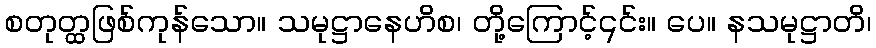
စတုတ္ထဖြစ်ကုန်သော။ သမုဋ္ဌာနေဟိစ၊ တို့ကြောင့်၎င်း။ ပေ။ နသမုဋ္ဌာတိ၊